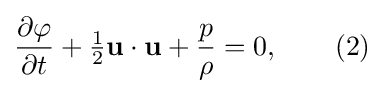
{\frac {\partial \varphi }{\partial t}}+{\tfrac {1}{2}}\mathbf {u} \cdot \mathbf {u} +{\frac {p}{\rho }}=0,\qquad (2)